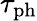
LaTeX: \tau_{\mathrm{ph}}